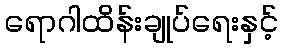
ရောဂါထိန်းချုပ်ရေးနှင့်